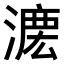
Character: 𣼄